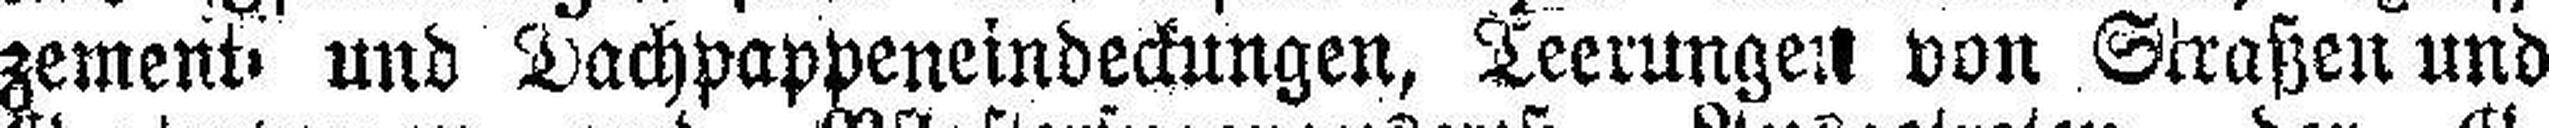
zement und Dachpappeneindeckungen, Teerungen von Straßen und